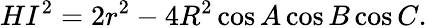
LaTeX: HI^{2}=2r^{2}-4R^{2}\cos A\cos B\cos C.